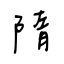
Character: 隋